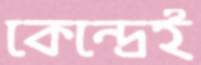
কেন্দ্রেই